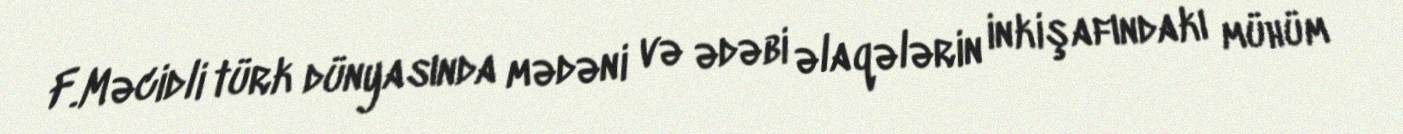
F.Məcidli türk dünyasında mədəni və ədəbi əlaqələrin inkişafındakı mühüm